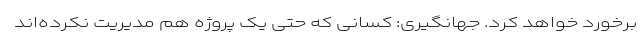
برخورد خواهد کرد. جهانگیری: کسانی که حتی یک پروژه هم مدیریت نکرده‌اند